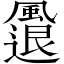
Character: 𩘬